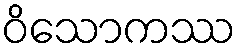
ဝိသောကဿ